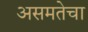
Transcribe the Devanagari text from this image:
असमतेचा